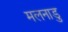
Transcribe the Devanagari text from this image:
मलनाडु